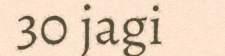
30 jagi